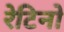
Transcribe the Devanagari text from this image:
रेटिनो